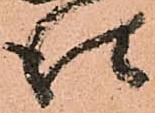
仕